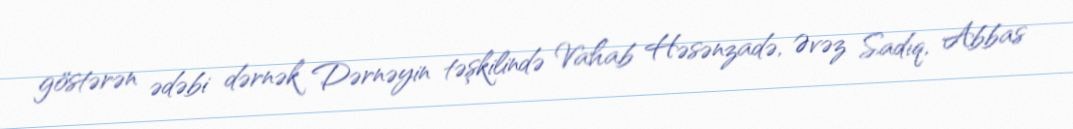
göstərən ədəbi dərnək Dərnəyin təşkilində Vahab Həsənzadə, Əvəz Sadıq, Abbas